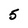
Character: 5